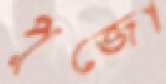
পুজো